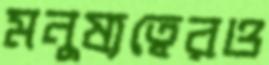
মনুষ্যত্বেরও